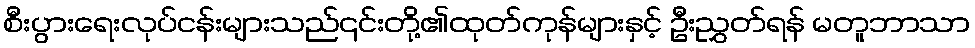
စီးပွားရေးလုပ်ငန်းများသည်၎င်းတို့၏ထုတ်ကုန်များနှင့် ဦးညွှတ်ရန် မတူဘာသာ